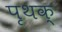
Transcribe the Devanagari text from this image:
पृथक्‍